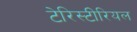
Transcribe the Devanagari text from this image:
टेरिस्टीरियल